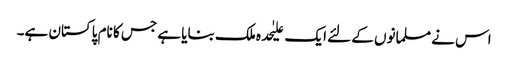
اس نے مسلمانوں کے لئے ایک علیٰحدہ ملک بنایا ہے جس کا نام پاکستان ہے۔